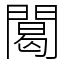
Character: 䦪